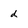
Character: d